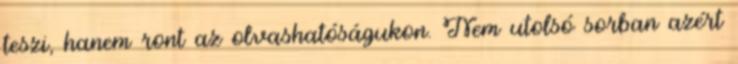
teszi, hanem ront az olvashatóságukon. Nem utolsó sorban azért